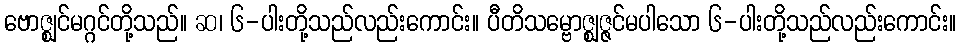
ဗောဇ္ဈင်မဂ္ဂင်တို့သည်။ ဆ၊ ၆-ပါးတို့သည်လည်းကောင်း။ ပီတိသမ္ဗောဇ္ဈဇ္ဇင်မပါသော ၆-ပါးတို့သည်လည်းကောင်း။